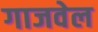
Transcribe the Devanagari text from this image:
गाजवेल